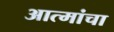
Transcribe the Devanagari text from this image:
आत्मांचा